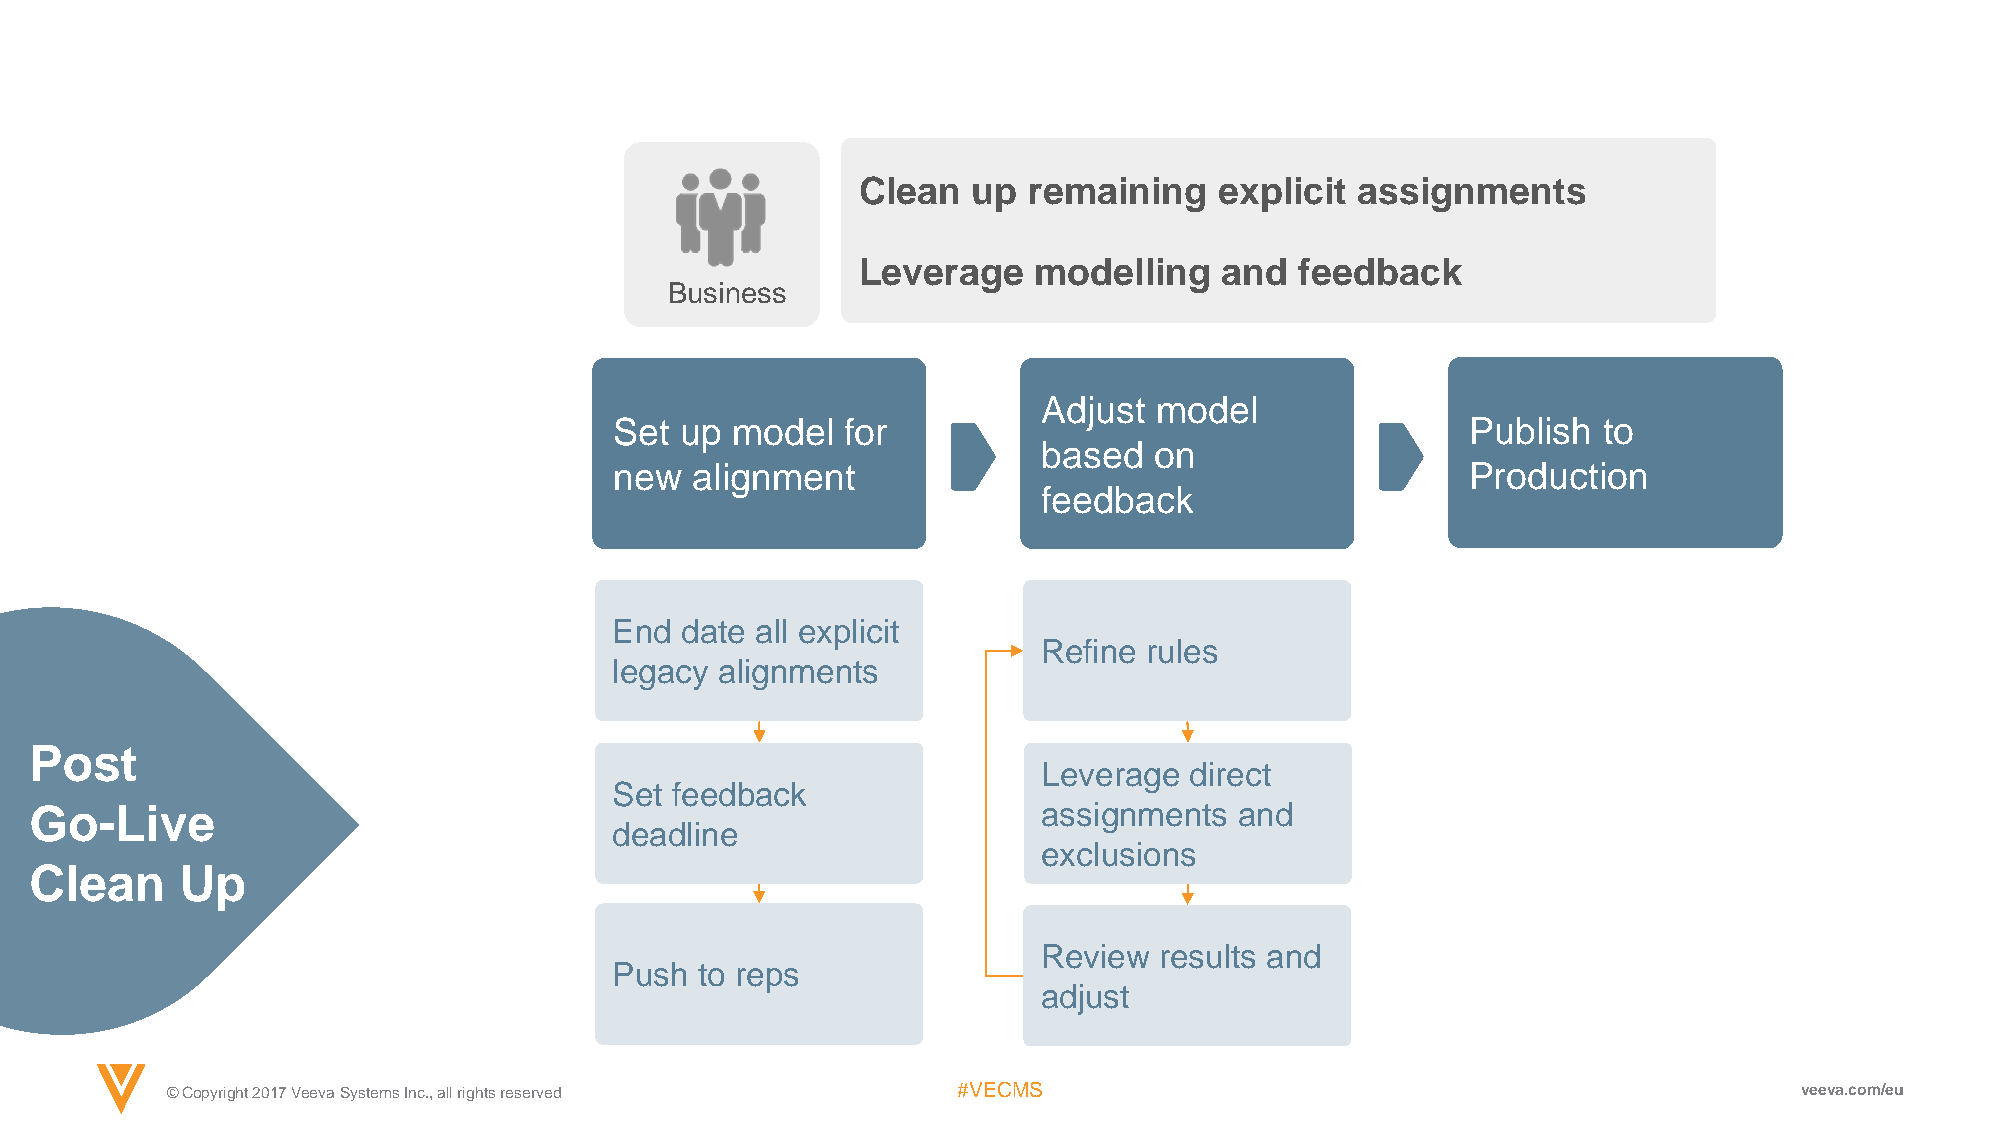
Clean  up  remaining    explicit assignments
 Leverage   modelling    and  feedback
 Business
 Adjust model
 Set up model   for                                      Publish  to
 based  on
 new  alignment                                          Production
 feedback
 End date all explicit
 Refine rules
 legacy alignments
 Post
 Leverage  direct
 Set feedback
 assignments  and
 Go-Live
 deadline
 exclusions
 Clean     Up
 Review  results and
 Push to reps
 adjust
 © Copyright 2017 Veeva Systems Inc., all rights reserved #VECMS                                             veeva.com/eu